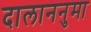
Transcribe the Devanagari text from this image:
दालाननुमा